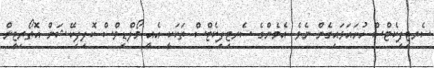
ސެރޓިފިކެޓްސް ހުށައަޅައިގެން ނެވެ. އެމެންގެ ސެރޓިފިކެޓްސް ތަކަކީ އެއީ މޯލްޑިވްސް ކޮލިފިކޭޝަން އޮތޯރިޓީން